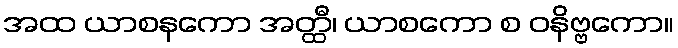
အထ ယာစနကော အတ္ထီ၊ ယာစကော စ ဝနိဗ္ဗကော။